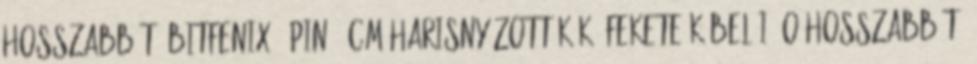
Hosszabbító BitFenix 2-Pin 30cm Harisnyázott Kék Fekete Kábel I O Hosszabbító